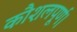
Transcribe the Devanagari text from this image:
कौशलपूर्ण।